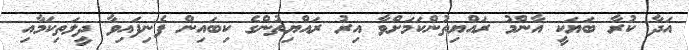
އަދާ ކުރާ ބަޔަކީ އާންމު ރައްޔިތުންކަމަށްވާ އިރު ރައްޔިތުންގެ ކިބައިން ފެނިފައިވާ ދީލަތިކަމާއި